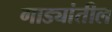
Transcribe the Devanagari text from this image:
गाड्यांतील